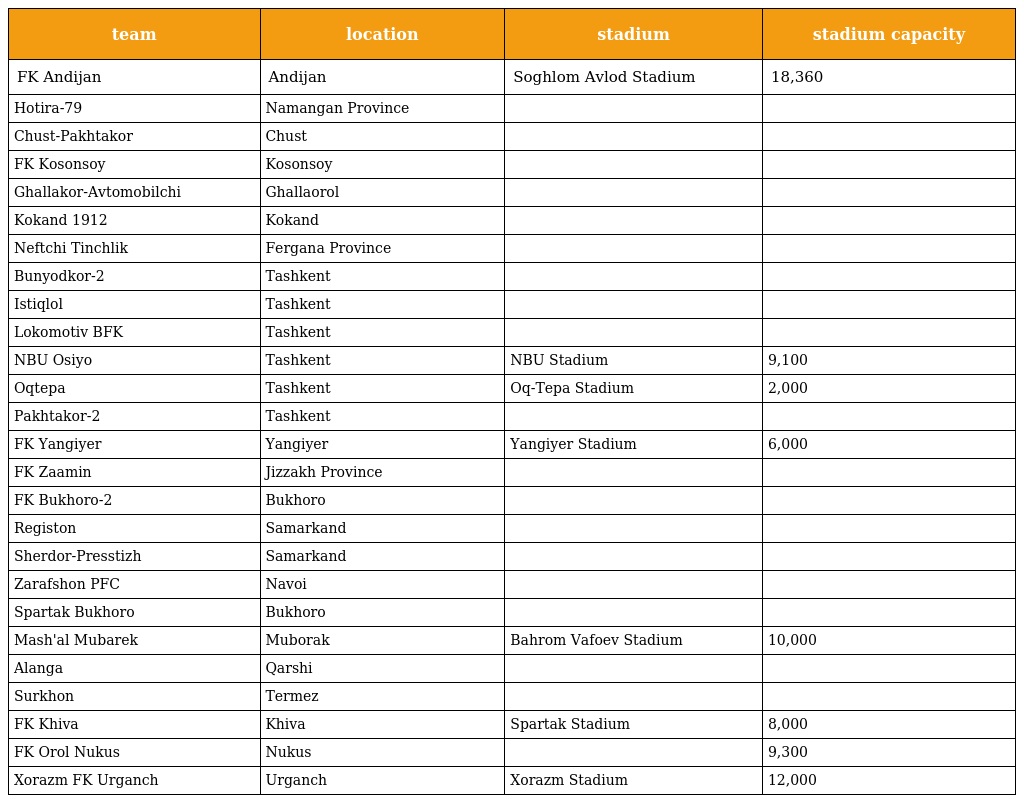
| team | location | stadium | stadium capacity |
 | --- | --- | --- | --- |
 | FK Andijan | Andijan | Soghlom Avlod Stadium | 18,360 |
 | Hotira-79 | Namangan Province |  |  |
 | Chust-Pakhtakor | Chust |  |  |
 | FK Kosonsoy | Kosonsoy |  |  |
 | Ghallakor-Avtomobilchi | Ghallaorol |  |  |
 | Kokand 1912 | Kokand |  |  |
 | Neftchi Tinchlik | Fergana Province |  |  |
 | Bunyodkor-2 | Tashkent |  |  |
 | Istiqlol | Tashkent |  |  |
 | Lokomotiv BFK | Tashkent |  |  |
 | NBU Osiyo | Tashkent | NBU Stadium | 9,100 |
 | Oqtepa | Tashkent | Oq-Tepa Stadium | 2,000 |
 | Pakhtakor-2 | Tashkent |  |  |
 | FK Yangiyer | Yangiyer | Yangiyer Stadium | 6,000 |
 | FK Zaamin | Jizzakh Province |  |  |
 | FK Bukhoro-2 | Bukhoro |  |  |
 | Registon | Samarkand |  |  |
 | Sherdor-Presstizh | Samarkand |  |  |
 | Zarafshon PFC | Navoi |  |  |
 | Spartak Bukhoro | Bukhoro |  |  |
 | Mash'al Mubarek | Muborak | Bahrom Vafoev Stadium | 10,000 |
 | Alanga | Qarshi |  |  |
 | Surkhon | Termez |  |  |
 | FK Khiva | Khiva | Spartak Stadium | 8,000 |
 | FK Orol Nukus | Nukus |  | 9,300 |
 | Xorazm FK Urganch | Urganch | Xorazm Stadium | 12,000 |